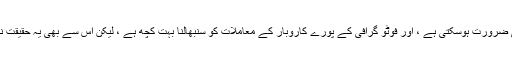
فوٹو میں ترمیم کرنے میں مہارت کی ضرورت ہوسکتی ہے ، اور فوٹو گرافی کے پورے کاروبار کے معاملات کو سنبھالنا بہت کچھ ہے ، لیکن اس سے بھی یہ حقیقت نہیں بدلی کہ فوٹو گرافی بہت آسان ہے۔